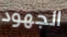
الجهود